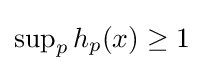
{\textstyle \sup _{p}h_{p}(x)\geq 1}